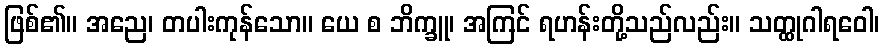
ဖြစ်၏။ အညေ၊ တပါးကုန်သော။ ယေ စ ဘိက္ခူ၊ အကြင် ရဟန်းတို့သည်လည်း။ သတ္ထုဂါရဝေါ၊